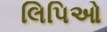
લિપિઓ